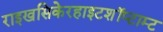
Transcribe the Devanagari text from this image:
राइखसिकेरहाइटशॉप्टाम्ट